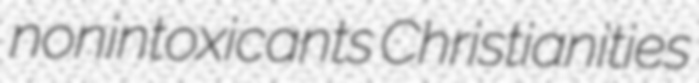
nonintoxicants Christianities